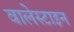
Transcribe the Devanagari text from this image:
वालेस्टाइन